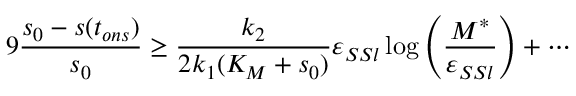
9 \frac { s _ { 0 } - s ( t _ { o n s } ) } { s _ { 0 } } \geq \frac { k _ { 2 } } { 2 k _ { 1 } ( K _ { M } + s _ { 0 } ) } \varepsilon _ { S S l } \log \left( \frac { M ^ { * } } { \varepsilon _ { S S l } } \right) + \cdots